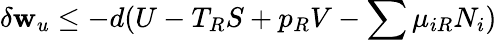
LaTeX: \delta\mathbf{w}_{u}\leq-d(U-T_{R}S+p_{R}V-\sum\mu_{iR}N_{i})